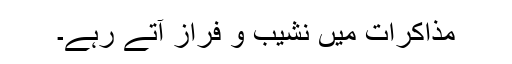
مذاکرات میں نشیب و فراز آتے رہے۔